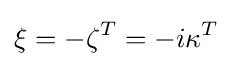
\xi =-\zeta ^{T}=-i\kappa ^{T}